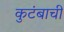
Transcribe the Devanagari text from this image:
कुटंबाची